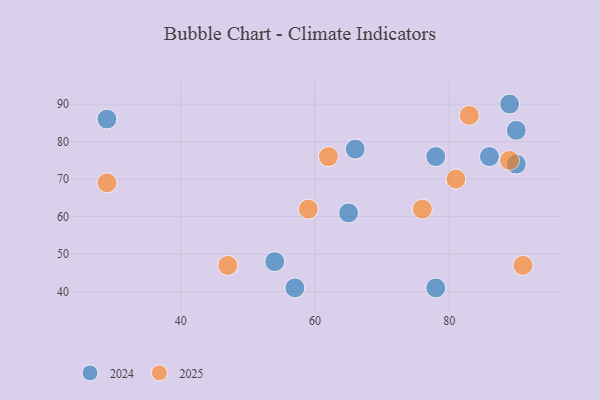
{"axis": {"x": "GDP", "y": "Life Expectancy"}, "legend": ["2024", "2025"], "data": [{"x": "90", "y": 83, "type": "2024"}, {"x": "78", "y": 41, "type": "2024"}, {"x": "78", "y": 76, "type": "2024"}, {"x": "65", "y": 61, "type": "2024"}, {"x": "90", "y": 74, "type": "2024"}, {"x": "29", "y": 86, "type": "2024"}, {"x": "54", "y": 48, "type": "2024"}, {"x": "86", "y": 76, "type": "2024"}, {"x": "66", "y": 78, "type": "2024"}, {"x": "89", "y": 90, "type": "2024"}, {"x": "57", "y": 41, "type": "2024"}, {"x": "47", "y": 47, "type": "2025"}, {"x": "81", "y": 70, "type": "2025"}, {"x": "29", "y": 69, "type": "2025"}, {"x": "62", "y": 76, "type": "2025"}, {"x": "59", "y": 62, "type": "2025"}, {"x": "89", "y": 75, "type": "2025"}, {"x": "83", "y": 87, "type": "2025"}, {"x": "76", "y": 62, "type": "2025"}, {"x": "91", "y": 47, "type": "2025"}]}